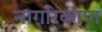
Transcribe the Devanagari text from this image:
नागरिकाप्त